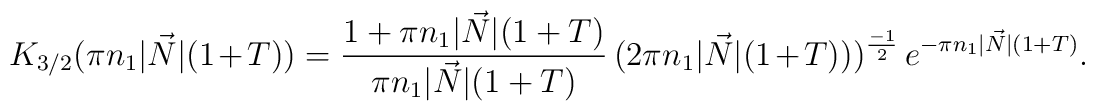
K_{3/2}(\pi n_1 |\vec{N}| (1+T)) = \frac{1 + \pi n_1  |\vec{N}|    (1+T)}{\pi n_1  |\vec{N}| (1+T)} \, (2\pi  n_1  |\vec{N}|(1+T)))^\frac{-1}{2 }          \, e^{-\pi n_1  |\vec{N}| (1+T)}. \\[5pt]